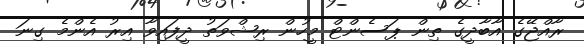
ރާއްޖޭގެ އާބާދީގެ ތިން ޕަސެންޓް މީހުން ރިޝްވަތު ދީފައިވާ އިރު އެންމެ ގިނަ